Report on vaccination in the Province of Bengal - 1869-1873
Year: 1869
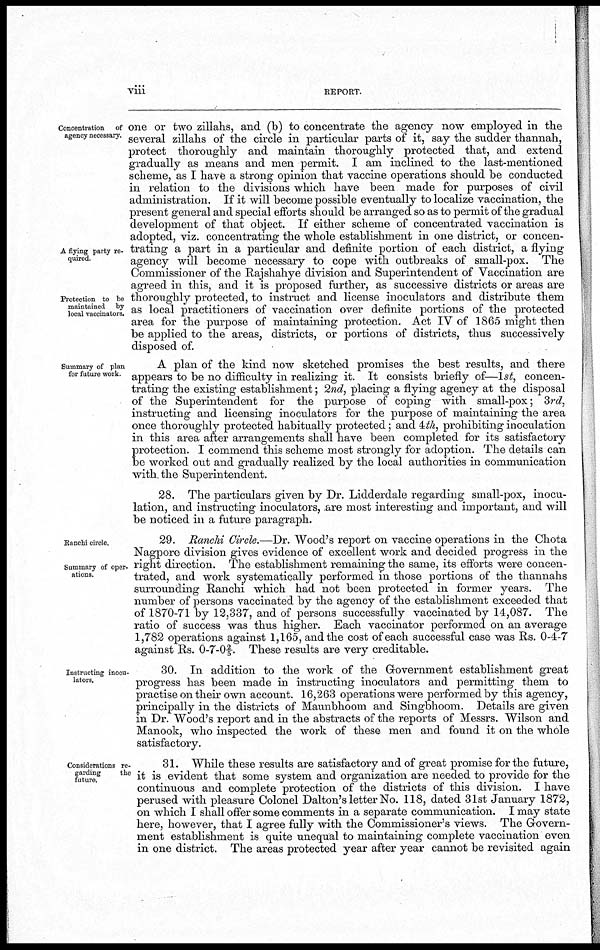
viii
REPORT.
Concentration of
agency necessary.
A flying party re-
quired.
Protection to be
maintained by
local vaccinators.
one or two zillahs, and (b) to concentrate the agency now employed in the
several zillahs of the circle in particular parts of it, say the sudder thannah,
protect thoroughly and maintain thoroughly protected that, and extend
gradually as means and men permit. I am inclined to the last-mentioned
scheme, as I have a strong opinion that vaccine operations should be conducted
in relation to the divisions which have been made for purposes of civil
administration. If it will become possible eventually to localize vaccination, the
present general and special efforts should be arranged so as to permit of the gradual
development of that object. If either scheme of concentrated vaccination is
adopted, viz. concentrating the whole establishment in one district, or concen-
trating a part in a particular and definite portion of each district, a flying
agency will become necessary to cope with outbreaks of small-pox. The
Commissioner of the Rajshahye division and Superintendent of Vaccination are
agreed in this, and it is proposed further, as successive districts or areas are
thoroughly protected, to instruct and license inoculators and distribute them
as local practitioners of vaccination over definite portions of the protected
area for the purpose of maintaining protection. Act IV of 1865 might then
be applied to the areas, districts, or portions of districts, thus successively
disposed of.
Summary of plan
for future work.
A plan of the kind now sketched promises the best results, and there
appears to be no difficulty in realizing it. It consists briefly of—1st, concen-
trating the existing establishment; 2nd, placing a flying agency at the disposal
of the Superintendent for the purpose of coping with small-pox; 3rd,
instructing and licensing inoculators for the purpose of maintaining the area
once thoroughly protected habitually protected; and 4th, prohibiting inoculation
in this area after arrangements shall have been completed for its satisfactory
protection. I commend this scheme most strongly for adoption. The details can
be worked out and gradually realized by the local authorities in communication
with the Superintendent.
28. The particulars given by Dr. Lidderdale regarding small-pox, inocu-
lation, and instructing inoculators, are most interesting and important, and will
be noticed in a future paragraph.
Ranchi circle.
Summary of oper-
ations.
29. Ranchi Circle.—Dr. Wood's report on vaccine operations in the Chota
Nagpore division gives evidence of excellent work and decided progress in the
right direction. The establishment remaining the same, its efforts were concen-
trated, and work systematically performed in those portions of the thannahs
surrounding Ranchi which had not been protected in former years. The
number of persons vaccinated by the agency of the establishment exceeded that
of 1870-71 by 12,337, and of persons successfully vaccinated by 14,087. The
ratio of success was thus higher. Each vaccinator performed on an average
1,782 operations against 1,165, and the cost of each successful case was Rs. 0-4-7
against Rs. 0-7-02/5. These results are very creditable.
Instructing inocu-
lators.
30. In addition to the work of the Government establishment great
progress has been made in instructing inoculators and permitting them to
practise on their own account. 16,263 operations were performed by this agency,
principally in the districts of Maunbhoom and Singbhoom. Details are given
in Dr. Wood's report and in the abstracts of the reports of Messrs. Wilson and
Manook, who inspected the work of these men and found it on the whole
satisfactory.
Considerations re-
garding
the
future,
31. While these results are satisfactory and of great promise for the future,
it is evident that some system and organization are needed to provide for the
continuous and complete protection of the districts of this division. I have
perused with pleasure Colonel Dalton's letter No. 118, dated 31st January 1872,
on which I shall offer some comments in a separate communication. I may state
here, however, that I agree fully with the Commissioner's views. The Govern-
ment establishment is quite unequal to maintaining complete vaccination even
in one district. The areas protected year after year cannot be revisited again